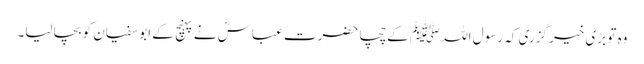
وہ تو بڑی خیر گزری کہ رسول اللہ ﷺ کے چچا حضرت عباسؓ نے پہنچ کے ابو سفیان کو بچا لیا۔